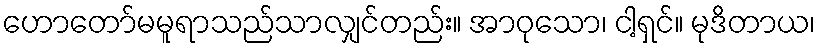
ဟောတော်မမူရာသည်သာလျှင်တည်း။ အာဝုသော၊ ငါ့ရှင်။ မုဒိတာယ၊